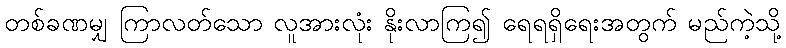
တစ်ခဏမျှ ကြာလတ်သော လူအားလုံး နိုးလာကြ၍ ရေရရှိရေးအတွက် မည်ကဲ့သို့